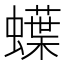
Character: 蠂